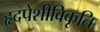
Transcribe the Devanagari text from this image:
हृदपेशीविकृति